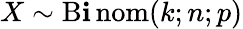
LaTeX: X\sim\operatorname{B\mathbf{i}nom}(k;n;p)